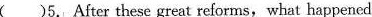
( )5.After these great reforms, what happened